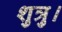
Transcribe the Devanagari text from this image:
शुत्रु।